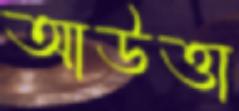
আউত্তা